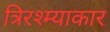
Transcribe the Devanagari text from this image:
त्रिरश्म्याकार